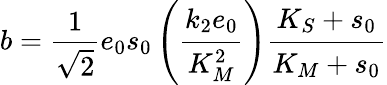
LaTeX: b=\frac{1}{\sqrt 2}e_{0}s_{0}\left(\cfrac{k_{2}e_{0}}{K_{M}^{2}}\right)\cfrac{K_{S}+s_{0}}{K_{M}+s_{0}}